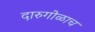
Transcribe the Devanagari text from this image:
दारुगोळाच